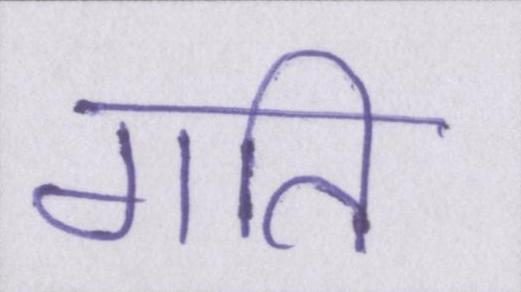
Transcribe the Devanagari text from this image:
गति